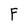
Character: F